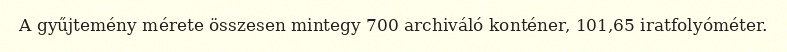
A gyűjtemény mérete összesen mintegy 700 archiváló konténer, 101,65 iratfolyóméter.